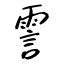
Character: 霅